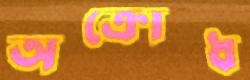
অক্রোধ